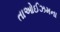
તાઓઈઝમના